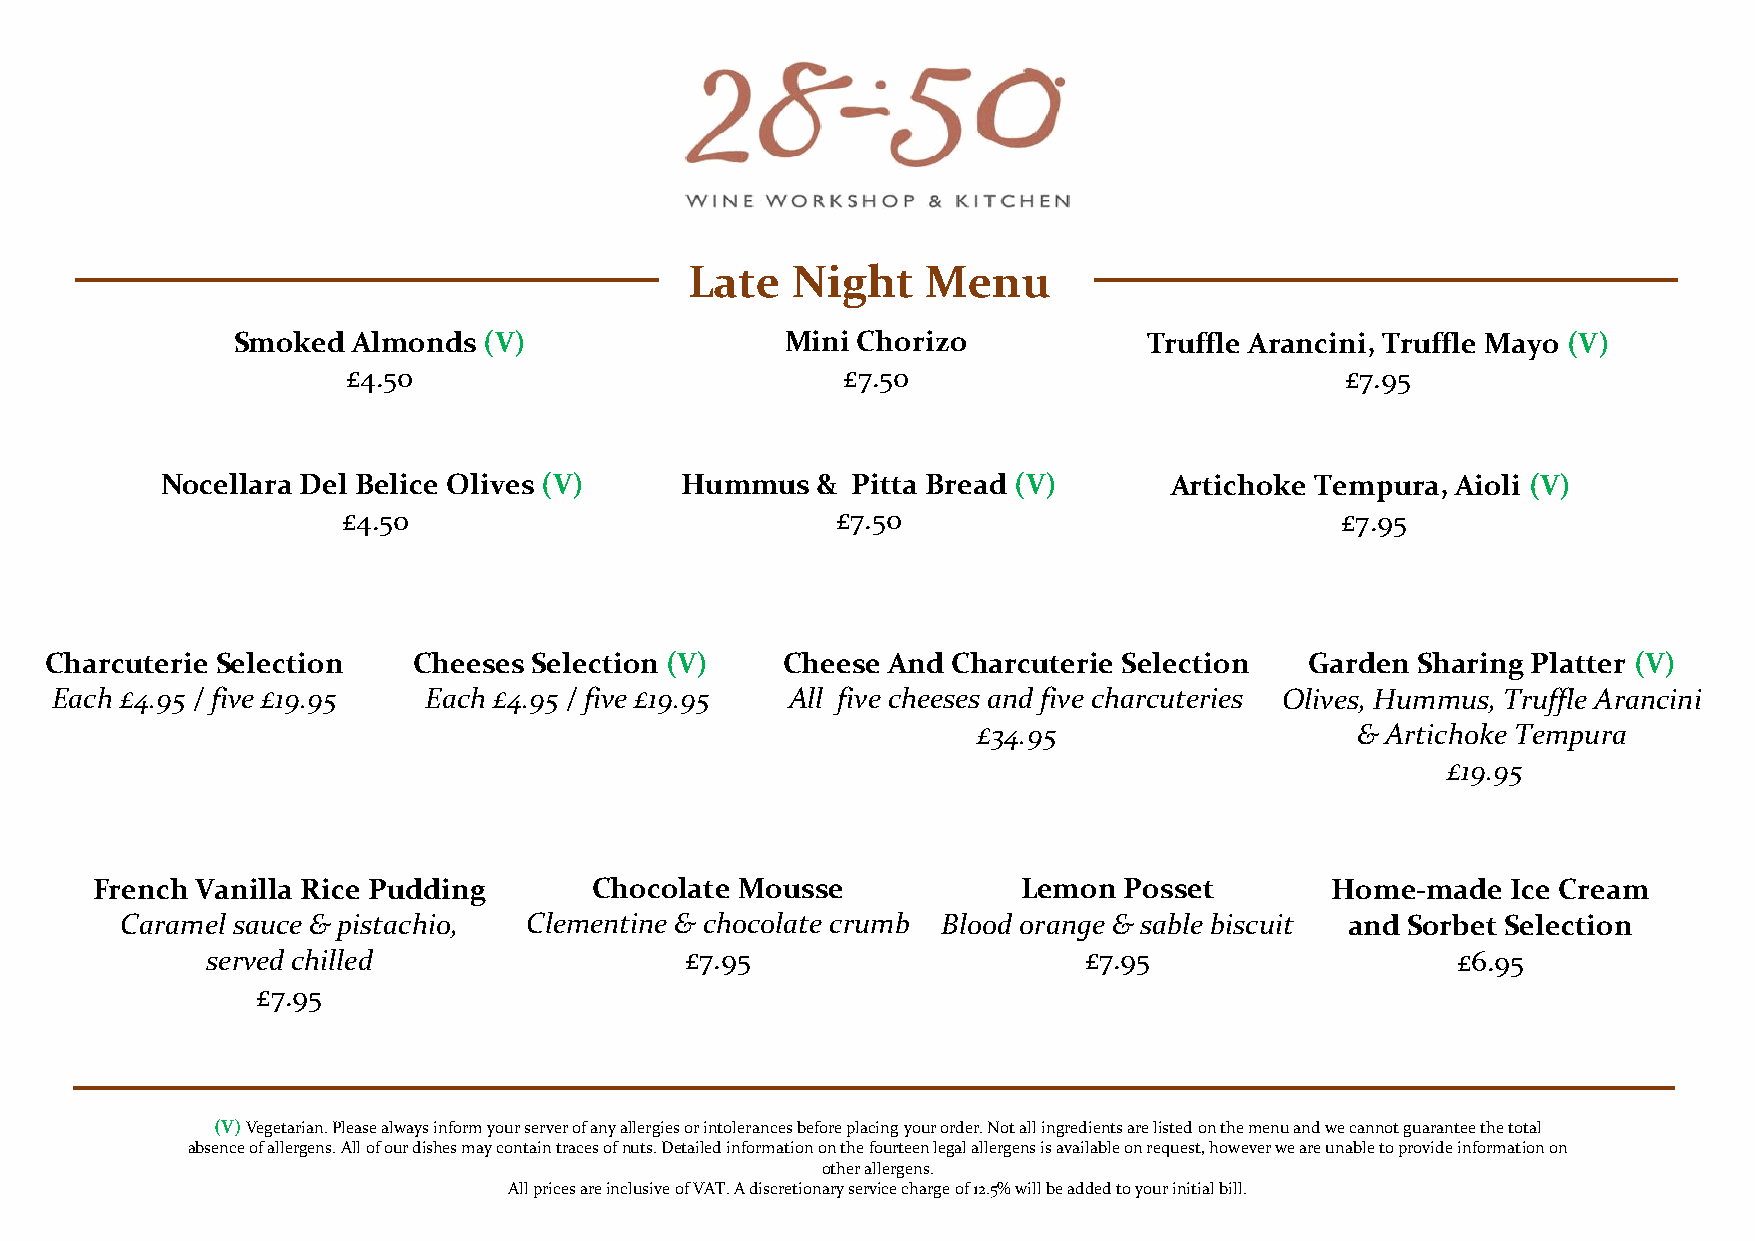
Late  Night    Menu
 Smoked  Almonds  (V)                 Mini Chorizo            Truffle Arancini, Truffle Mayo (V)
 £4.50                            £7.50                            £7.95
 Nocellara Del Belice Olives (V)   Hummus   & Pitta Bread (V)      Artichoke Tempura, Aioli (V)
 £4.50                           £7.50                             £7.95
 Charcuterie Selection   Cheeses Selection (V)    Cheese And Charcuterie Selection   Garden Sharing Platter (V)
 Each £4.95 / five £19.95 Each £4.95 / five £19.95 All five cheeses and five charcuteries Olives, Hummus, Truffle Arancini
 £34.95                   & Artichoke Tempura
 £19.95
 French Vanilla Rice Pudding      Chocolate Mousse             Lemon Posset        Home-made   Ice Cream
 Caramel sauce & pistachio, Clementine & chocolate crumb Blood orange & sable biscuit and Sorbet Selection
 served chilled                 £7.95                      £7.95                   £6.95
 £7.95
 (V) Vegetarian. Please always inform y our server of any allergies or intolerances before placing your order. Not all ingredients are listed on the menu and we cannot guarantee the total
 absence of alle rgens. All of our dishes may contain traces of nuts. Detailed information on the fourteen legal allergens is available on request, however we are unable to provide information on
 other allergens.
 All prices are inclusive of VAT. A discretionary service charge of 12.5% will be added to your initial bill.